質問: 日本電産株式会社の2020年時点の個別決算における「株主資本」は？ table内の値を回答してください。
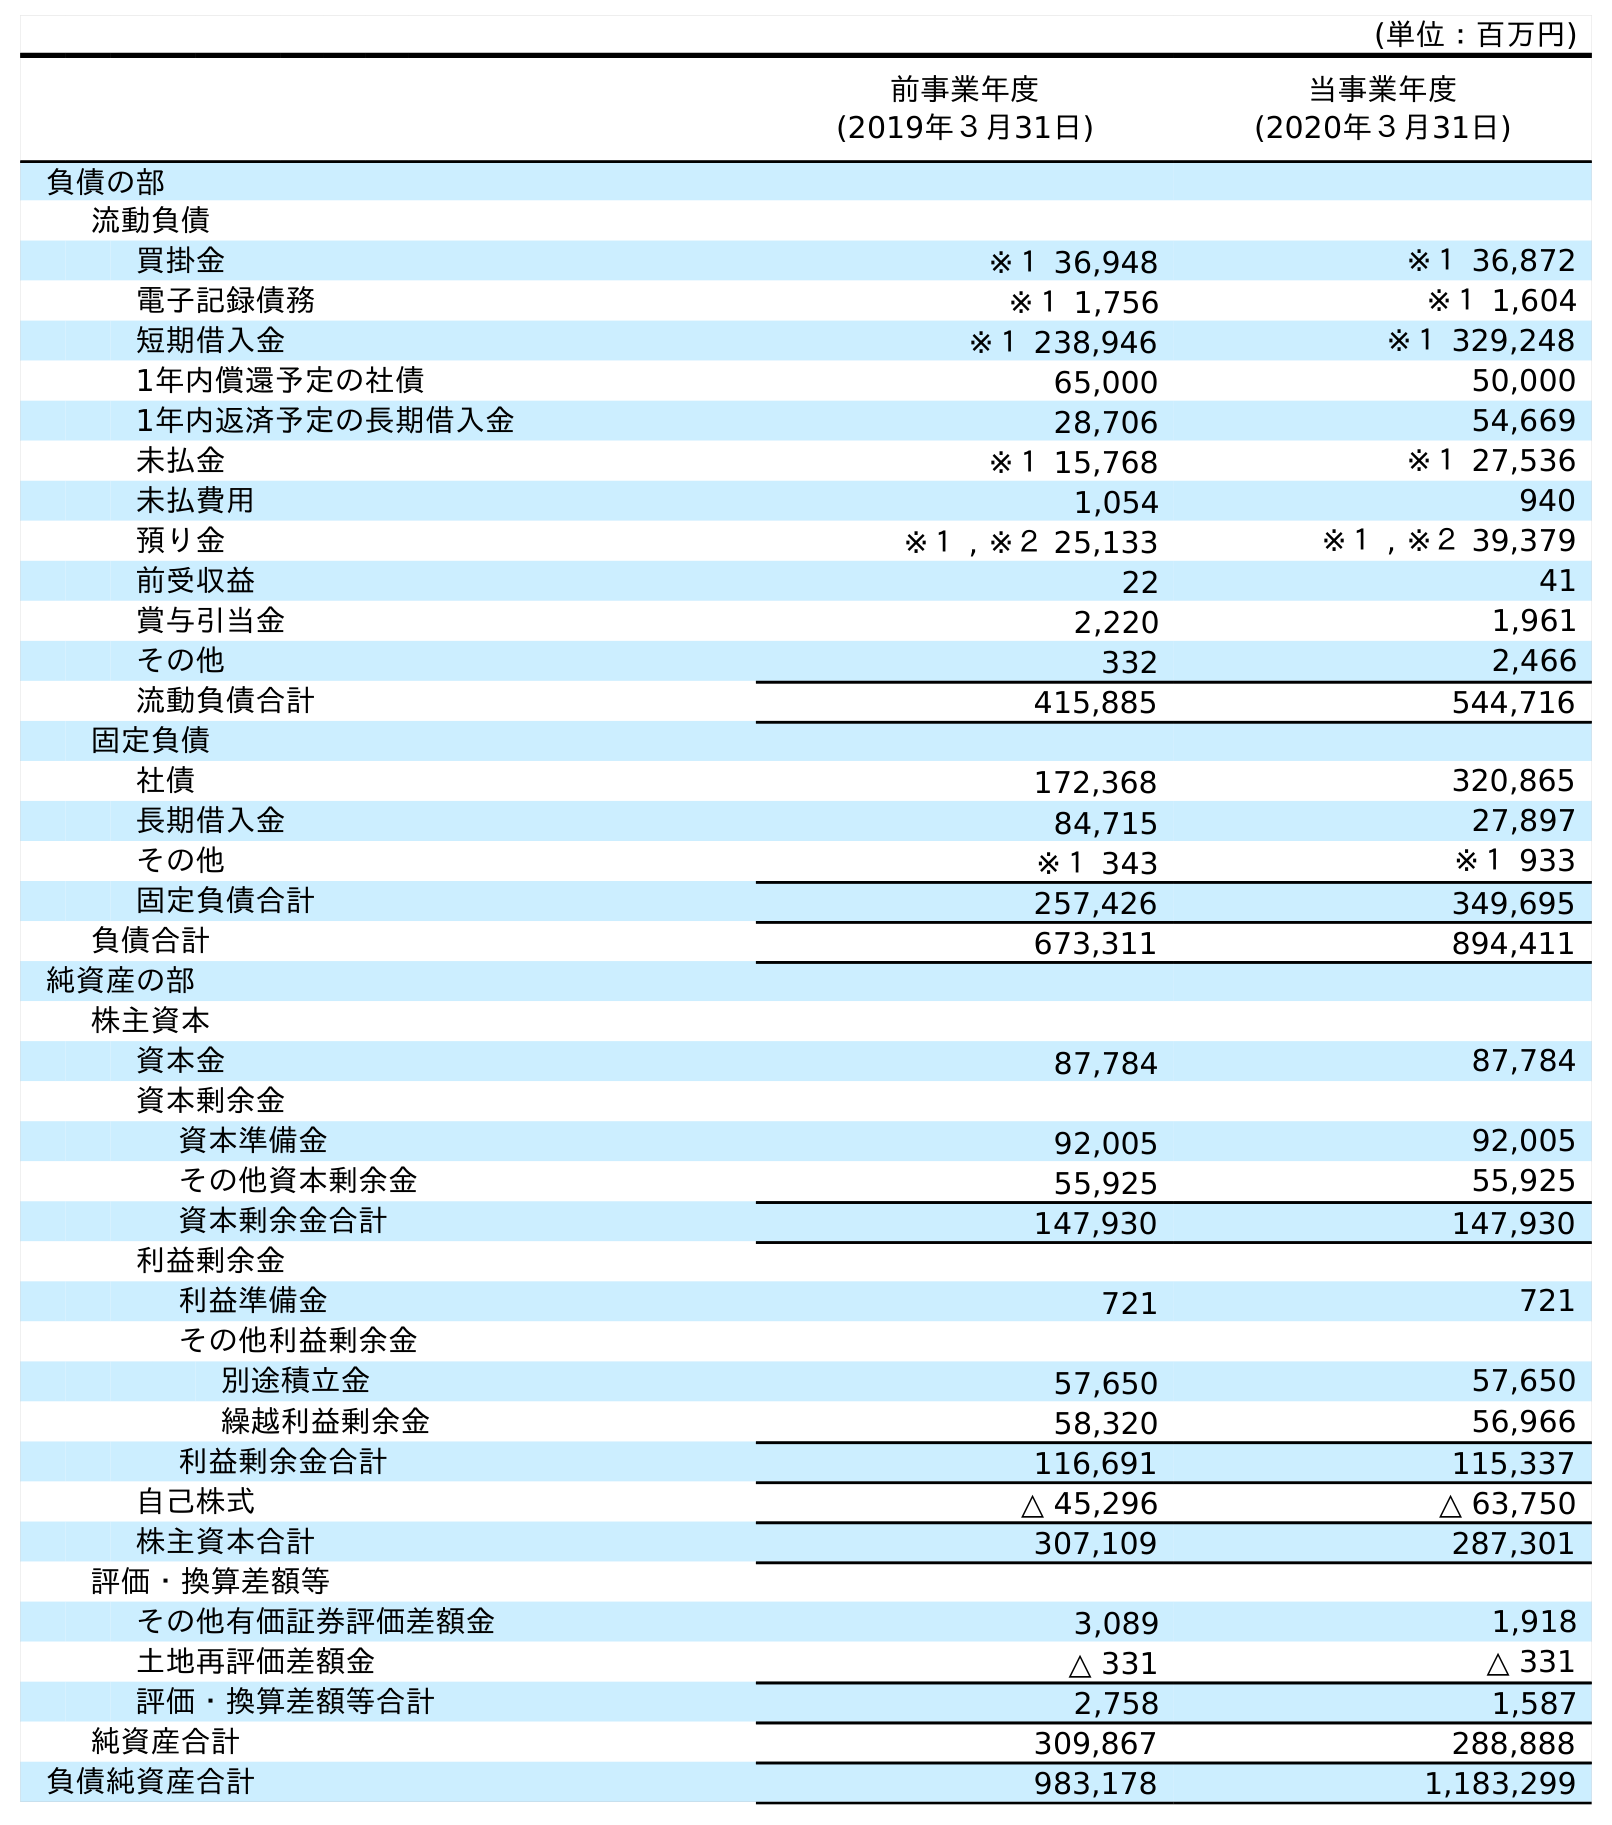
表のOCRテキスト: (単位：百万円) 前事業年度 (2019年３月31日) 当事業年度 (2020年３月31日) 負債の部 流動負債 買掛金 ※１ 36,948 ※１ 36,872 電子記録債務 ※１ 1,756 ※１ 1,604 短期借入金 ※１ 238,946 ※１ 329,248 1年内償還予定の社債 65,000 50,000 1年内返済予定の長期借入金 28,706 54,669 未払金 ※１ 15,768 ※１ 27,536 未払費用 1,054 940 預り金 ※１ , ※２ 25,133 ※１ , ※２ 39,379 前受収益 22 41 賞与引当金 2,220 1,961 その他 332 2,466 流動負債合計 415,885 544,716 固定負債 社債 172,368 320,865 長期借入金 84,715 27,897 その他 ※１ 343 ※１ 933 固定負債合計 257,426 349,695 負債合計 673,311 894,411 純資産の部 株主資本 資本金 87,784 87,784 資本剰余金 資本準備金 92,005 92,005 その他資本剰余金 55,925 55,925 資本剰余金合計 147,930 147,930 利益剰余金 利益準備金 721 721 その他利益剰余金 別途積立金 57,650 57,650 繰越利益剰余金 58,320 56,966 利益剰余金合計 116,691 115,337 自己株式 △ 45,296 △ 63,750 株主資本合計 307,109 287,301 評価・換算差額等 その他有価証券評価差額金 3,089 1,918 土地再評価差額金 △ 331 △ 331 評価・換算差額等合計 2,758 1,587 純資産合計 309,867 288,888 負債純資産合計 983,178 1,183,299
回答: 287,301